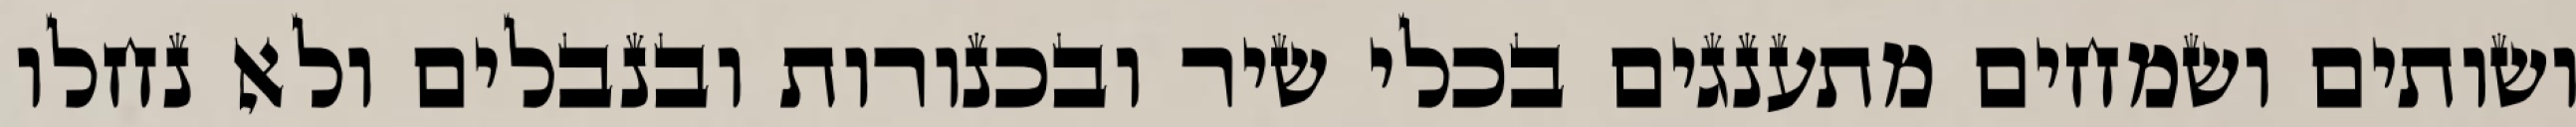
ושותים ושמחים מתענגים בכלי שיר ובכנורות ובנבלים ולא נחלו